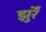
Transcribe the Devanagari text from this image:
झुर्रें